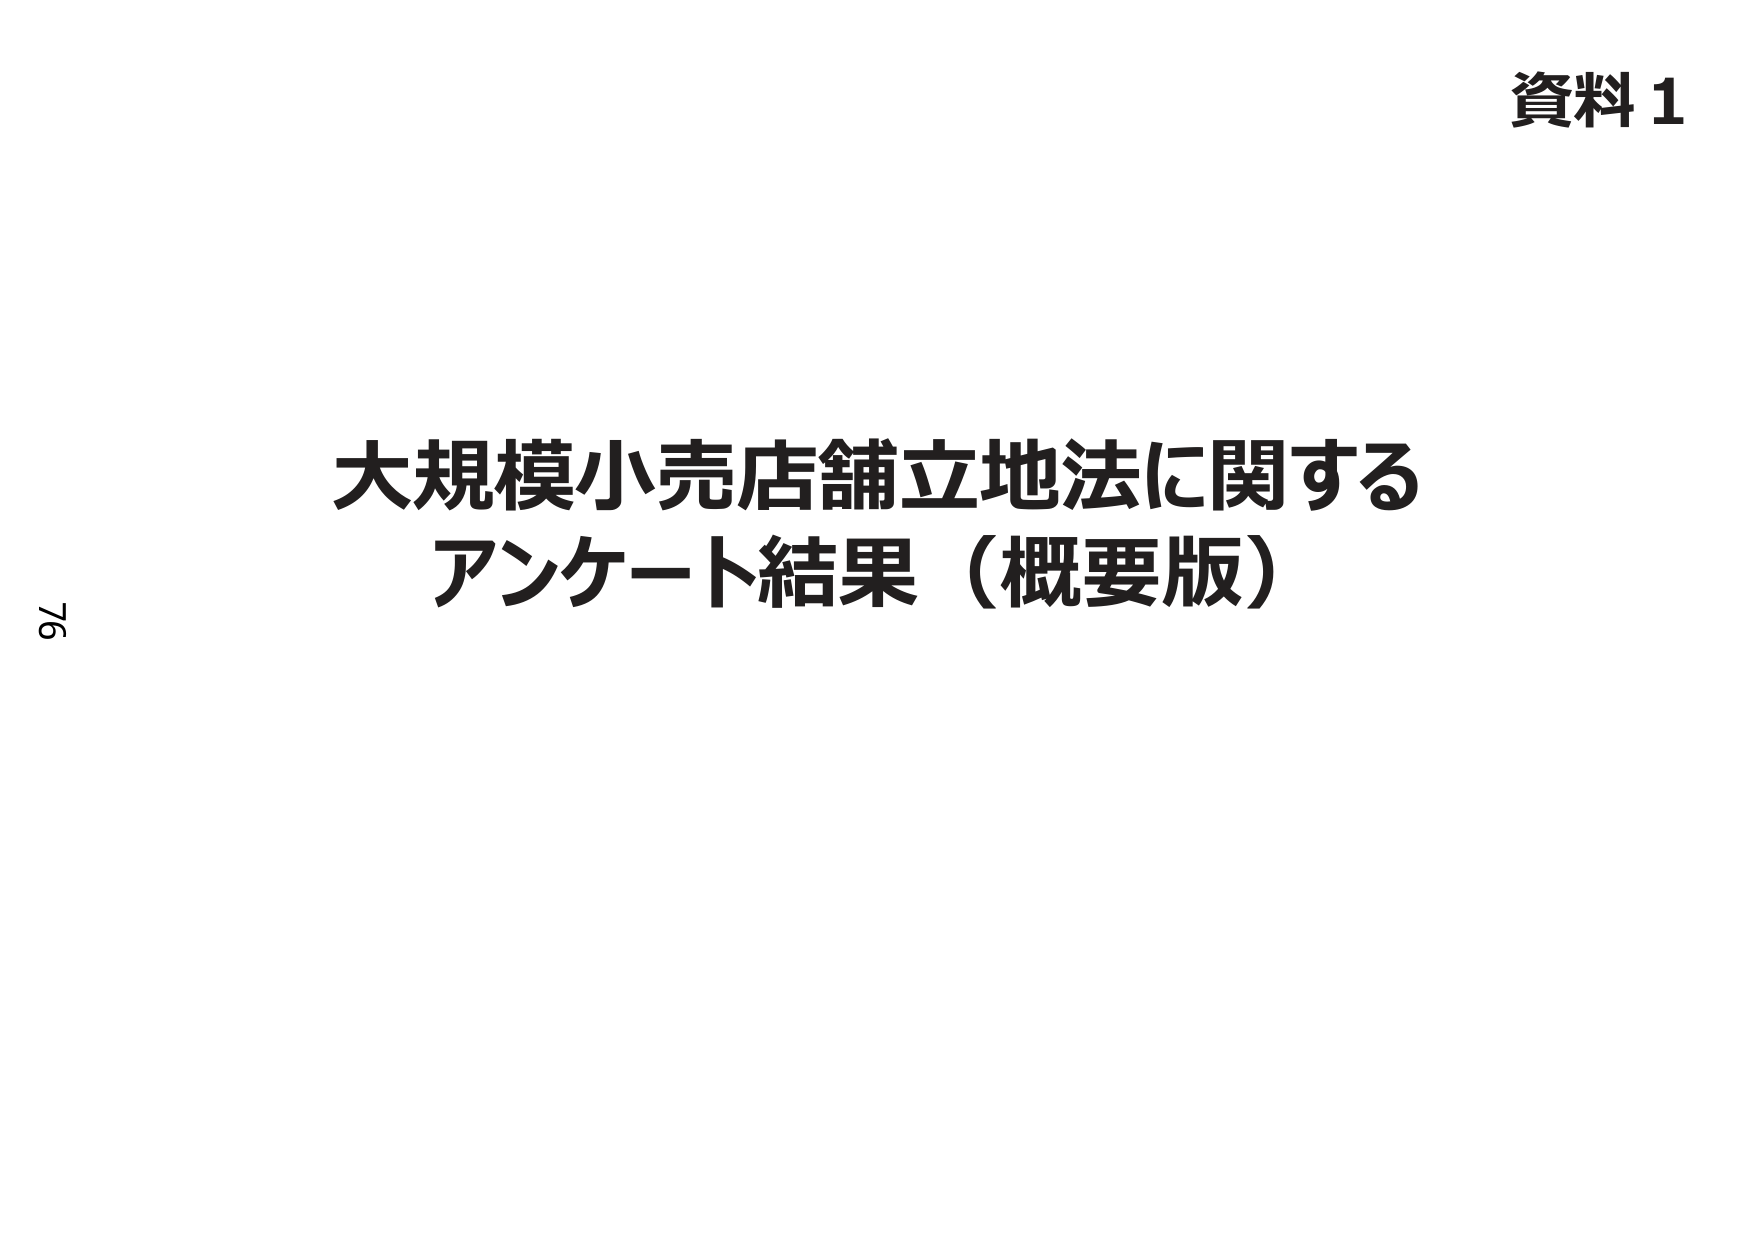
資料1

大規模小売店舗立地法に関する
アンケート結果（概要版）

76